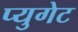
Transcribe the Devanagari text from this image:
प्युगेट